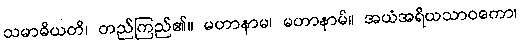
သမာဓိယတိ၊ တည်ကြည်၏။ မဟာနာမ၊ မဟာနာမ်။ အယံအရိယသာဝကော၊